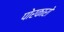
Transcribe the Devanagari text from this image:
पोरकारो